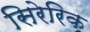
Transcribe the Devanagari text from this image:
सिरेरिक